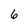
Character: 6